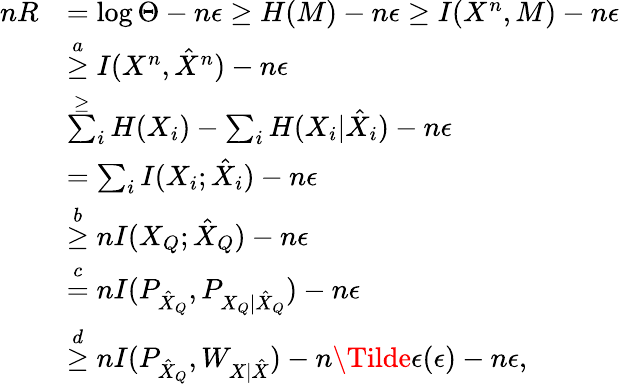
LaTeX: \begin{array}{rl}{nR}&{=\log\Theta-n\epsilon\geq H(M)-n\epsilon\geq I(X^{n},M)-n\epsilon}\\ &{\overset{a}{\geq}I(X^{n},\hat{X}^{n})-n\epsilon}\\ &{\overset{\geq}\sum_{i}H(X_{i})-\sum_{i}H(X_{i}|\hat{X}_{i})-n\epsilon}\\ &{=\sum_{i}I(X_{i};\hat{X}_{i})-n\epsilon}\\ &{\overset{b}{\geq}nI(X_{Q};\hat{X}_{Q})-n\epsilon}\\ &{\overset{c}{=}nI(P_{\hat{X}_{Q}},P_{X_{Q}|\hat{X}_{Q}})-n\epsilon}\\ &{\overset{d}{\geq}nI(P_{\hat{X}_{Q}},{W}_{X|\hat{X}})-n\Tilde{\epsilon}(\epsilon)-n\epsilon,}\end{array}